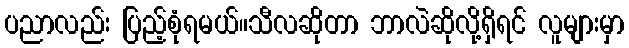
ပညာလည်း ပြည့်စုံရမယ်။သီလဆိုတာ ဘာလဲဆိုလို့ရှိရင် လူများမှာ